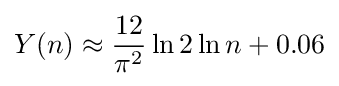
Y(n)\approx {\frac {12}{\pi ^{2}}}\ln 2\ln n+0.06